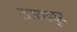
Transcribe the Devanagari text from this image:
तञ्जावुर